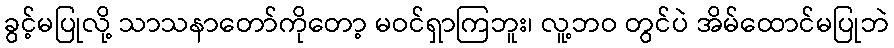
ခွင့်မပြုလို့ သာသနာတော်ကိုတော့ မဝင်ရှာကြဘူး၊ လူ့ဘဝ တွင်ပဲ အိမ်ထောင်မပြုဘဲ